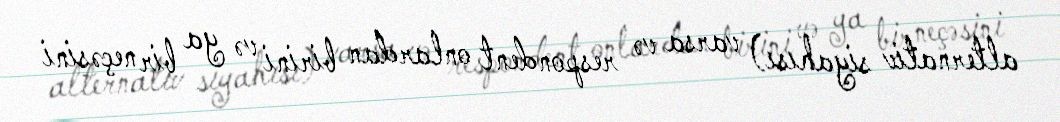
alternativ siyahısı) varsa və respondent onlardan birini və ya bir neçəsini